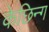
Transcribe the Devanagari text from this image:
केछिन्ग